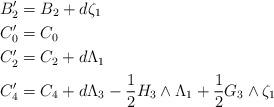
LaTeX: \begin{align*}B_2'&=B_2+d\zeta_1\\C_0'&=C_0\\C_2'&=C_2+d\Lambda_1\\C_4'&=C_4+d\Lambda_3-\frac{1}{2}H_3\wedge\Lambda_1+\frac{1}{2}G_3\wedge\zeta_1\end{align*}